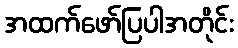
အထက်ဖော်ပြပါအတိုင်း